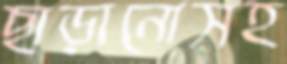
ছাড়ানোসহ